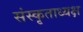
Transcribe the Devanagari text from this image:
संस्कृताध्यक्ष